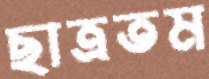
ছাত্রতম